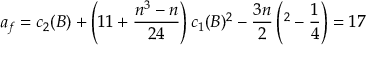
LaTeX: a _ { f } = c _ { 2 } ( B ) + \left( 1 1 + \frac { n ^ { 3 } - n } { 2 4 } \right) c _ { 1 } ( B ) ^ { 2 } - \frac { 3 n } { 2 \l } \left( \l ^ { 2 } - \frac { 1 } { 4 } \right) = 1 7